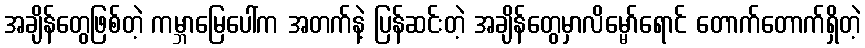
အချိန်တွေဖြစ်တဲ့ ကမ္ဘာမြေပေါ်က အတက်နဲ့ ပြန်ဆင်းတဲ့ အချိန်တွေမှာလိမ္မော်ရောင် တောက်တောက်ရှိတဲ့